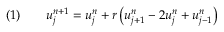
\quad ( 1 ) \qquad u _ { j } ^ { n + 1 } = u _ { j } ^ { n } + r \left( u _ { j + 1 } ^ { n } - 2 u _ { j } ^ { n } + u _ { j - 1 } ^ { n } \right)